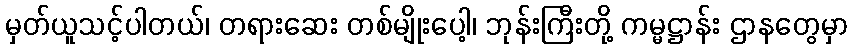
မှတ်ယူသင့်ပါတယ်၊ တရားဆေး တစ်မျိုးပေါ့၊ ဘုန်းကြီးတို့ ကမ္မဋ္ဌာန်း ဌာနတွေမှာ